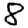
Digit: 8